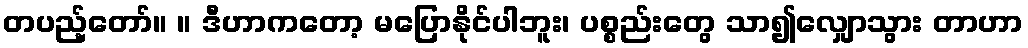
တပည့်တော်။ ။ ဒီဟာကတော့ မပြောနိုင်ပါဘူး၊ ပစ္စည်းတွေ သာ၍လျှောသွား တာဟာ